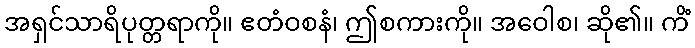
အရှင်သာရိပုတ္တရာကို။ ဧတံဝစနံ၊ ဤစကားကို။ အဝေါစ၊ ဆို၏။ ကိံ